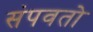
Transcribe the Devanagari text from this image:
संपवतो